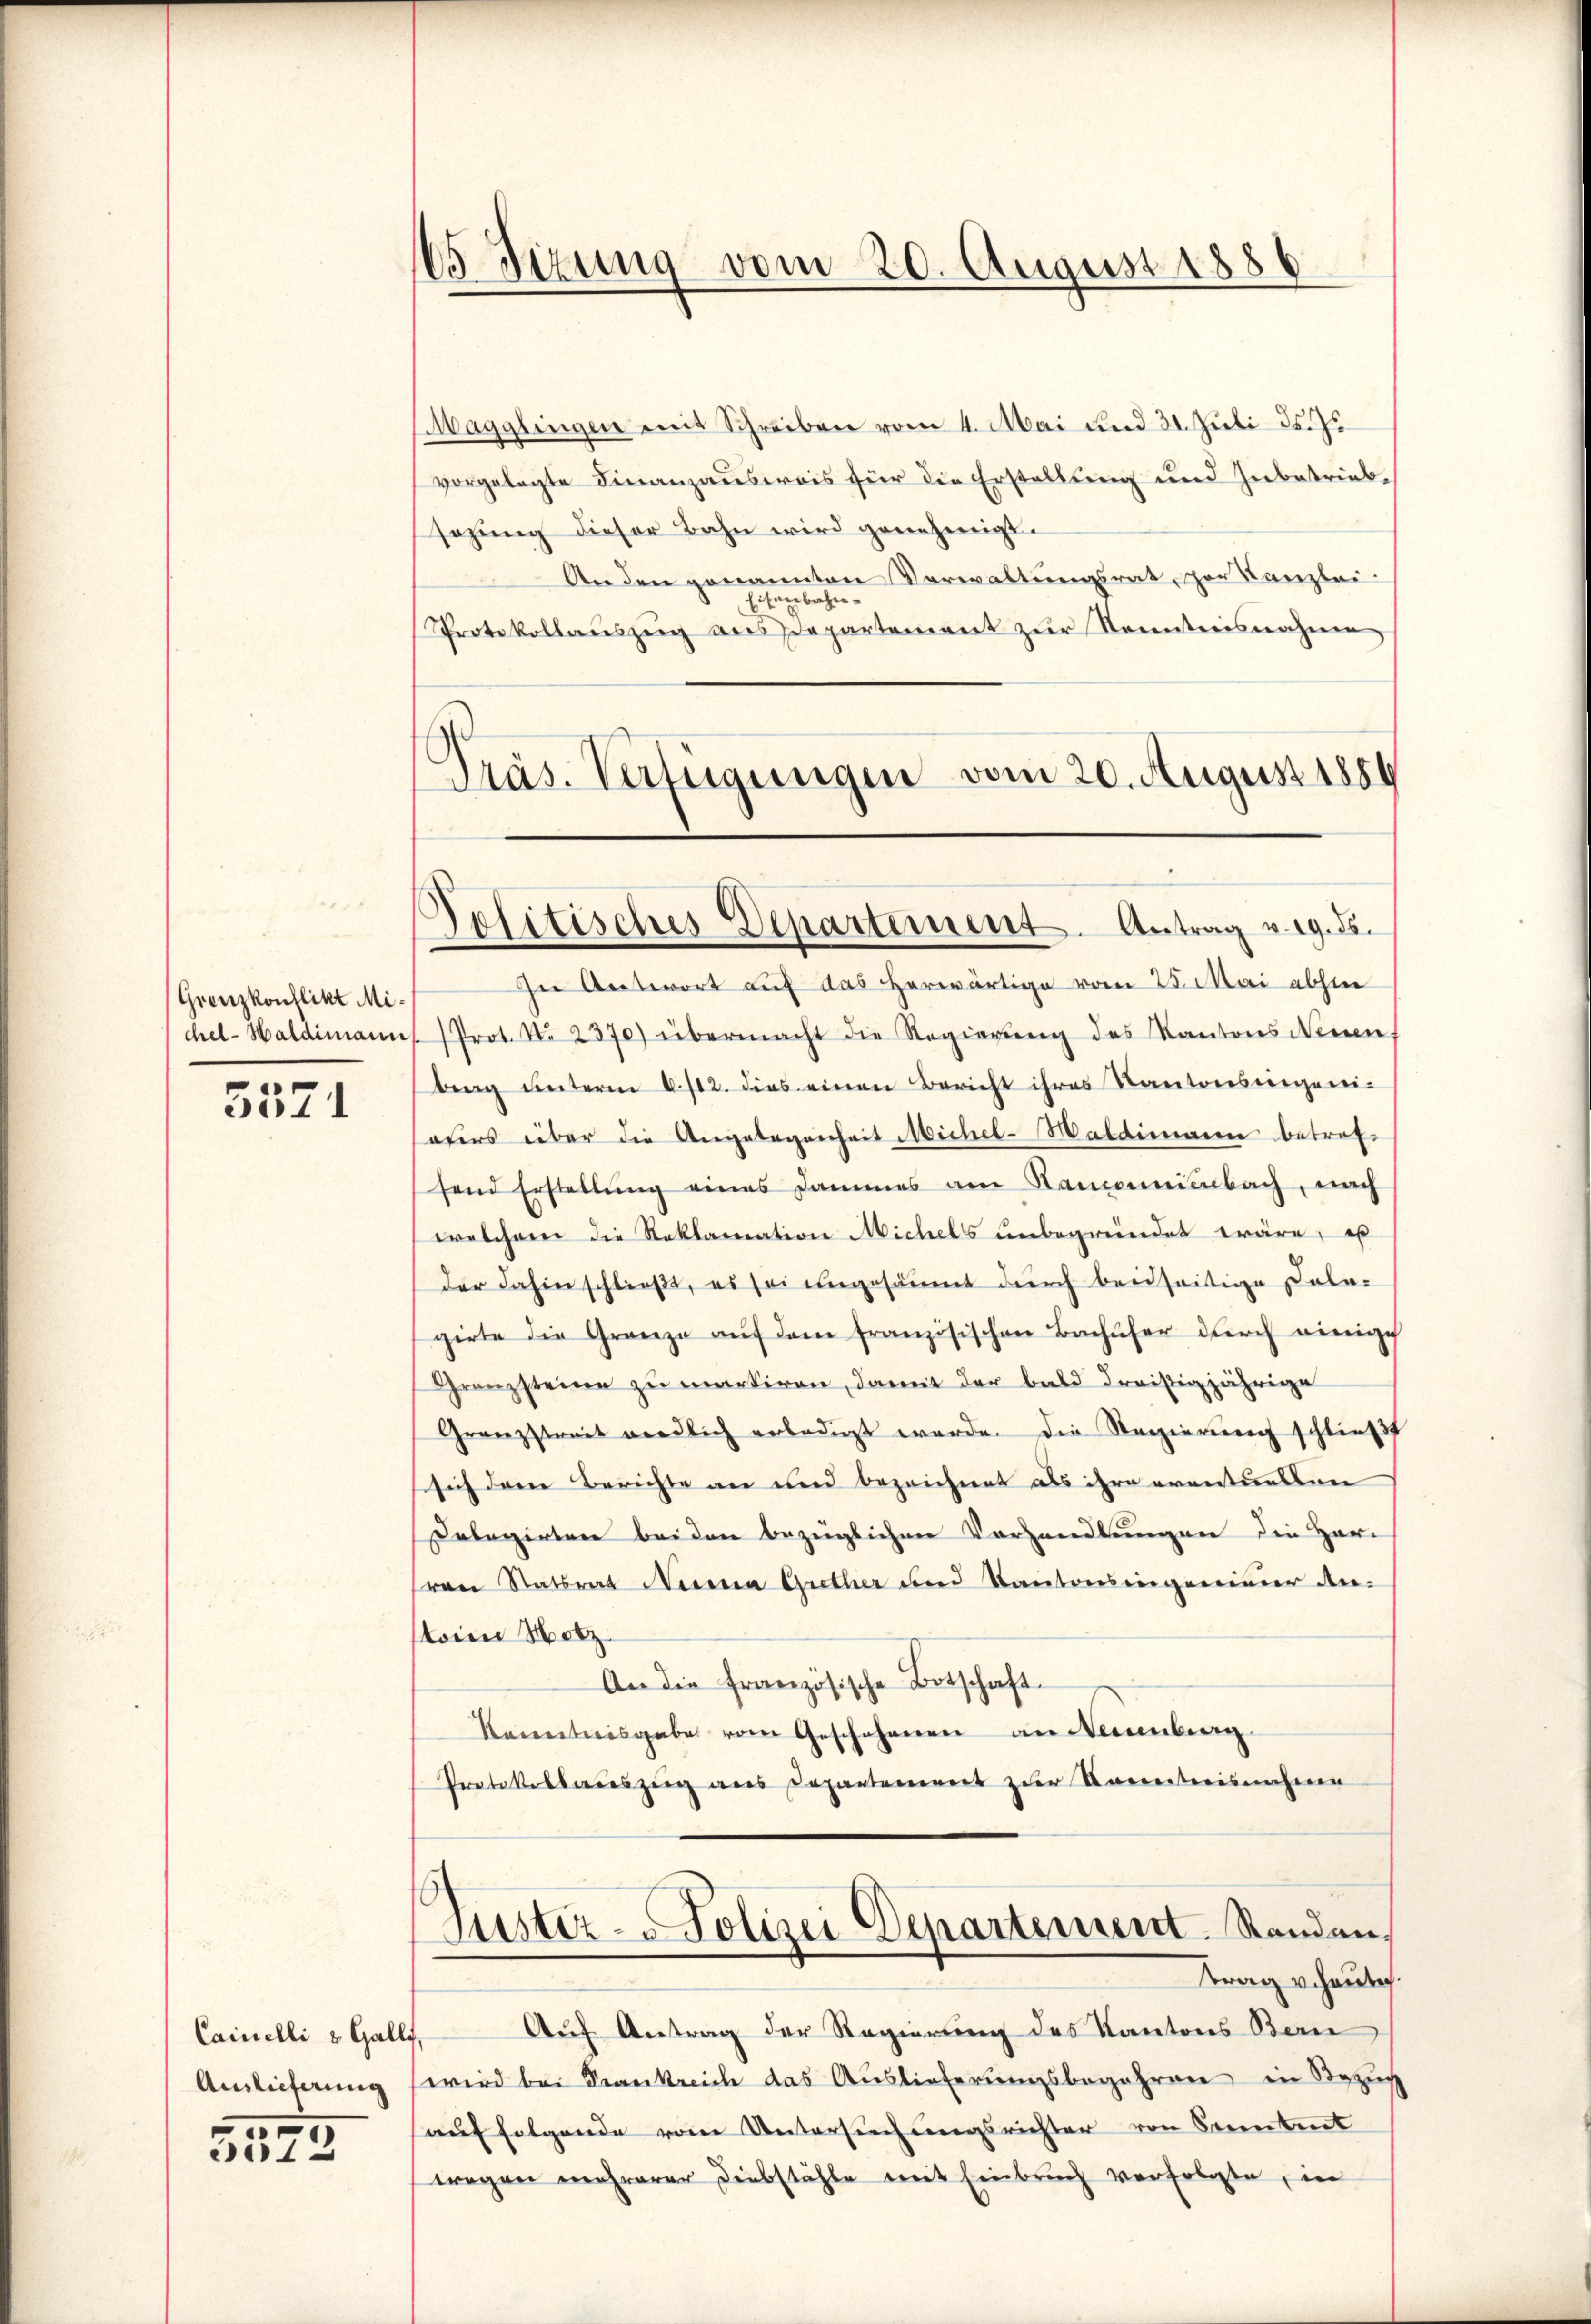
Grenzkonflikt Mi¬

5571

Cainelli & Galli

312

65 Sizung vom 20. August 1886

Präs. Verfügungen vom 20. August 1884
Politisches Departement. Antrag v. 19. ds.

Magglingen mit Schreiben vom 4. Mai und 31. Juli d. J.
vorgelegte Finanzausweis für die Erstellung und Inbetrieb,
sazung dieser Bahn wird genehmigt.
An den genannten Verwaltungsrat, zur Kanzlei-
Eisenbahn-
Protokollaŭszŭg ans Departement zŭr Kenntnisnahme
In Antwort auf das herwärtige vom 25. Mai abhin
chel-Haldimanns Prot. No 2370) übermacht die Regierŭng des Kantons Neuen
bing unterm 6/12. dies einen Bericht ihres Kantonsringeni-
seurs über die Angelegenheit Michel-Waldimann betrofsend Erstellŭng eines Jammes am Samonenbach, nach
welchem die Reklamation Michels unbegründet wäre, es
der dahin schlieβt, es sei ungesäumt durch beidseitige Cala-
girte die Grenze aŭf dem französischen Bachŭfer dŭrch einige
Granzsteine zŭ mackiren, damit der bald dreistigjährige
Granzstreit werdlich erledigt werde. Die Regierŭng schließt
sich dann Berichte an und bezeichnet als ihre eventuellen
Delegirten beiden bezüglichen Vorhandlungen die Herr
ren Statsrat Nierna Grether und Kantonsingenieder An-
soin Metz
An die französische Botschaft.
Kenntnisgabe vom Geschehenen an Neuenburg
Protokollauszug aus Departennert zur Korrestreisnahmen

t
Justiz-Polizei Departement. Randen.
Strag vehaute.

Auf Antrag der Regierung des Kantons Bern
Auslieferung wird bei Frankreich das Auslieferungsbegehren in Bezug
auf folgende von Untersuchungsrichter von Kenntent
wegen mehrerer Diebstähle mit Einbruch verfolgte, in